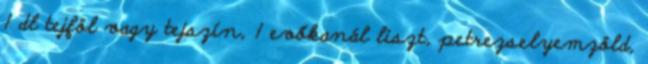
1 dl tejföl vagy tejszín, 1 evőkanál liszt, petrezselyemzöld,